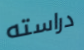
دراسته